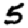
Digit: 5